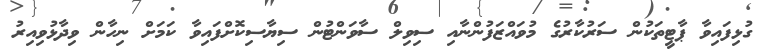
ގުޅިފައިވާ ޕާޓީތަކުން ސަރުކާރުގެ މުވައްޒަފުންނާއި ސިވިލް ސާވަންޓުން ސިޔާސިކޮށްފައިވާ ކަމަށް ނިހާން ވިދާޅުވިއިރު